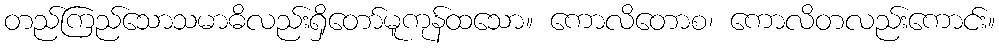
တည်ကြည်သောသမာဓိလည်းရှိတော်မူကုန်ထသော။ ကောလိတောစ၊ ကောလိတလည်းကောင်း။